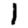
Digit: 1